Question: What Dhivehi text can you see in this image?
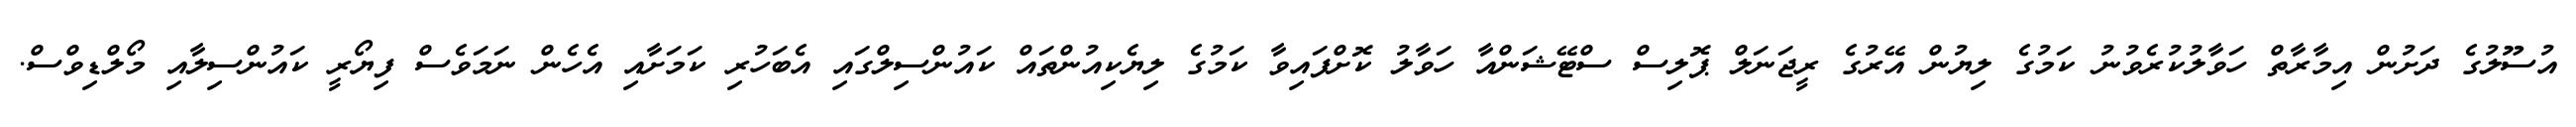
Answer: އުސޫލުގެ ދަށުން އިމާރާތް ހަވާލުކުރެވުނު ކަމުގެ ލިޔުން އޭރުގެ ރީޖަނަލް ޕޮލިސް ސްޓޭޝަންއާ ހަވާލު ކޮށްފައިވާ ކަމުގެ ލިޔެކިއުންތައް ކައުންސިލްގައި އެބަހުރި ކަމަށާއި އެހެން ނަމަވެސް ފިޔޯރީ ކައުންސިލާއި މޯލްޑިވްސް.